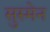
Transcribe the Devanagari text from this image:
सुस्मेन